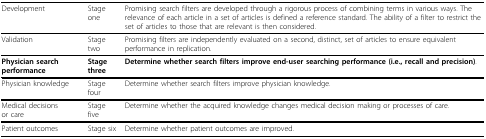
| Development | Stage one | Promising search filters are developed through a rigorous process of combining terms in various ways. The relevance of each article in a set of articles is defined a reference standard. The ability of a filter to restrict the set of articles to those that are relevant is then considered. |
 | --- | --- | --- |
 | Validation | Stage two | Promising filters are independently evaluated on a second, distinct, set of articles to ensure equivalent performance in replication. |
 | Physician search performance | Stage three | Determine whether search filters improve end-user searching performance (i.e., recall and precision). |
 | Physician knowledge | Stage four | Determine whether search filters improve physician knowledge. |
 | Medical decisionsor care | Stage five | Determine whether the acquired knowledge changes medical decision making or processes of care. |
 | Patient outcomes | Stage six | Determine whether patient outcomes are improved. |